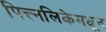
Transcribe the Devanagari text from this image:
पित्त्नलिकेमधून